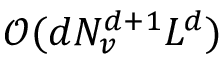
\mathcal { O } ( d N _ { v } ^ { d + 1 } L ^ { d } )